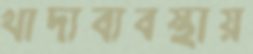
খাদ্যব্যবস্থায়